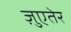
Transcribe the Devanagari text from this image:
ज़ुएतेर